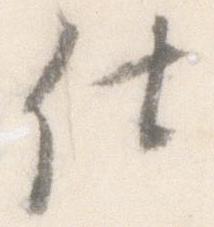
仕